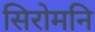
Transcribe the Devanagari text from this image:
सिरोमनि